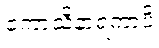
ကောသိနာရကာပိ